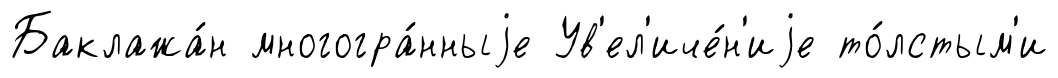
Баклажа́н многогра́нныjе Ув'ел'иче́н'иjе то́лстым'и